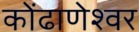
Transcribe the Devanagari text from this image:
कोंढाणेश्वर